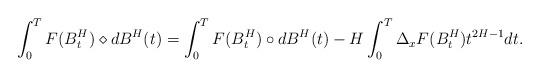
LaTeX: \begin{align*}\int_0^T F(B^{H}_{t}) \diamond dB^{H}(t) = \int_0^T F(B^{H}_{t}) \circ dB^{H}(t) - H \int_0^T \Delta_{x}F(B^{H}_{t})t^{2H-1} dt.\end{align*}